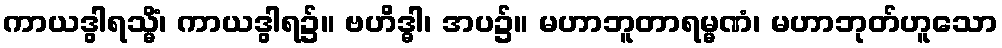
ကာယဒွါရသ္မိံ၊ ကာယဒွါရ၌။ ဗဟိဒ္ဓါ၊ အပ၌။ မဟာဘူတာရမ္မဏံ၊ မဟာဘုတ်ဟူသော